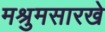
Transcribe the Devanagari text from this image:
मश्रुमसारखे